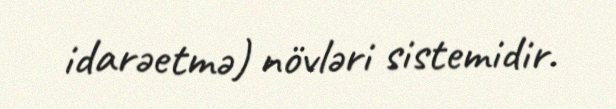
idarəetmə) növləri sistemidir.